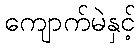
ကျောက်မဲနှင့်